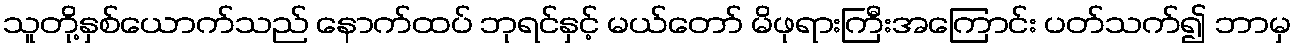
သူတို့နှစ်ယောက်သည် နောက်ထပ် ဘုရင်နှင့် မယ်တော် မိဖုရားကြီးအကြောင်း ပတ်သက်၍ ဘာမှ